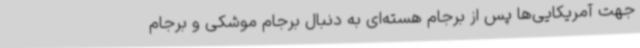
جهت آمریکایی‌ها پس از برجام هسته‌ای به‌ دنبال برجام موشکی و برجام